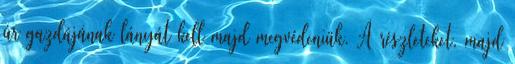
úr gazdájának lányát kell majd megvédeniük. A részleteket, majd